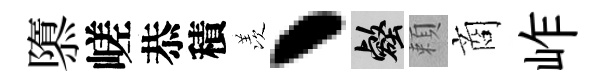
隳嵯恭積羡丶壑頼商岞